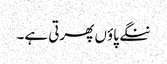
ننگے پاؤں پھرتی ہے۔